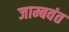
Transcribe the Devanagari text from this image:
जाम्बवंत